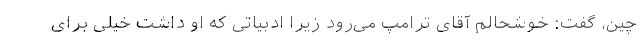
چین، گفت: خوشحالم آقای ترامپ می‌رود زیرا ادبیاتی که او داشت خیلی برای